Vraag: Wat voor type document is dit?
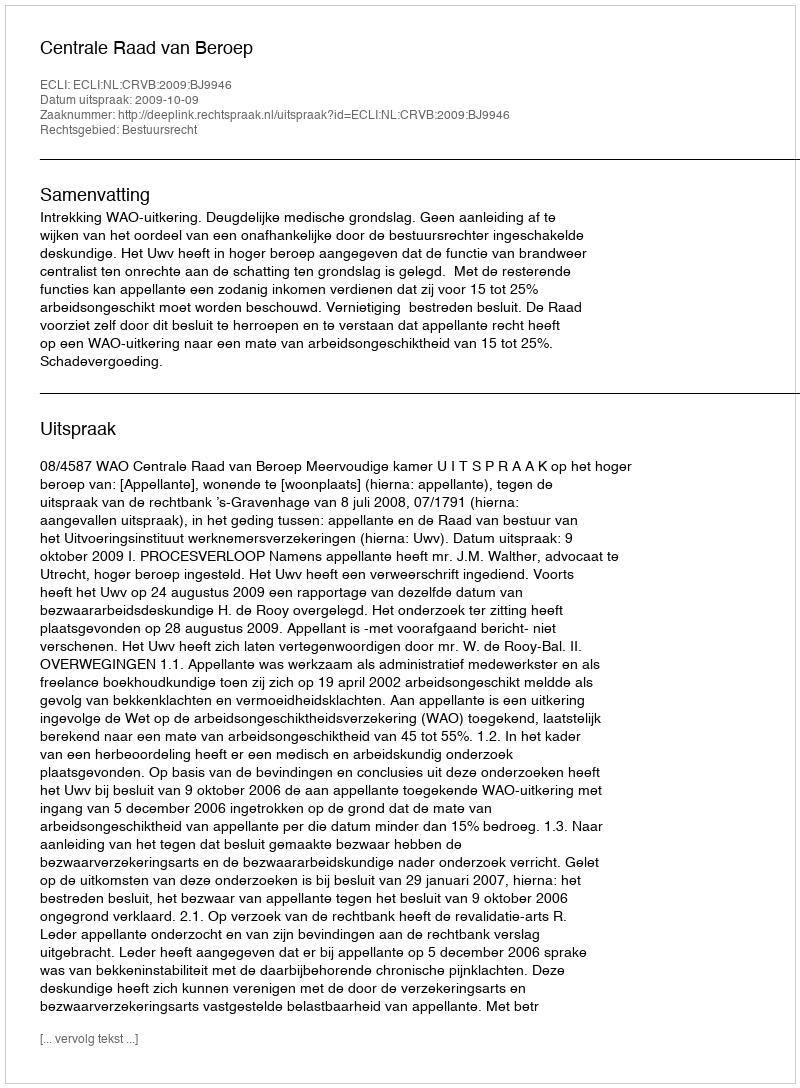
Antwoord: Uitspraak